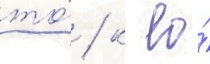
то́ / к ео́